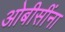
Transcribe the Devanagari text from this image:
ओबीसींना